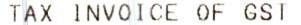
TAX INVOICE OF GST